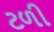
ટળી